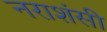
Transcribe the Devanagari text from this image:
नराशंसी